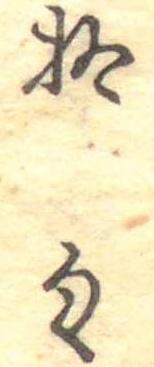
拾匁